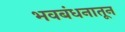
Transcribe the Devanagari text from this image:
भवबंधनातून